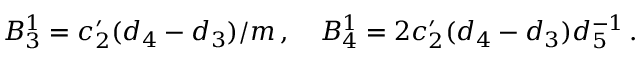
B _ { 3 } ^ { 1 } = c _ { 2 } ^ { \prime } ( d _ { 4 } - d _ { 3 } ) / m \, , \quad B _ { 4 } ^ { 1 } = 2 c _ { 2 } ^ { \prime } ( d _ { 4 } - d _ { 3 } ) d _ { 5 } ^ { - 1 } \, .